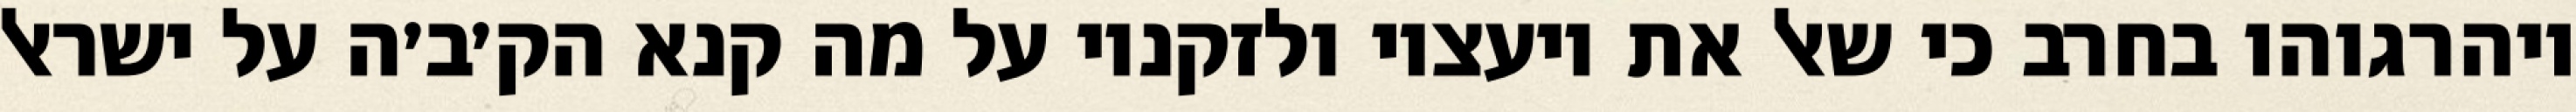
ויהרגוהו בחרב כי שאל את יועציו ולזקניו על מה קנא הק׳ב׳ה על ישראל